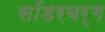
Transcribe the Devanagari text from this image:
सॉडरबर्ग